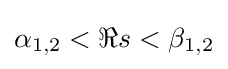
\alpha _{1,2}<\Re s<\beta _{1,2}